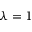
\lambda = 1